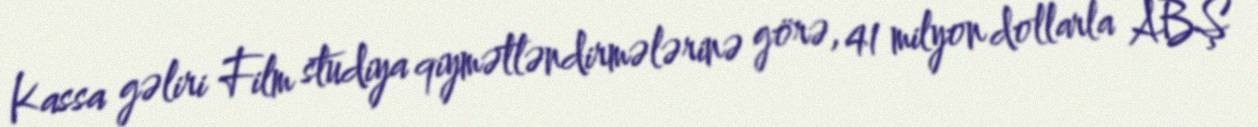
Kassa gəliri Film studiya qiymətləndirmələrinə görə, 41 milyon dollarla ABŞ